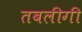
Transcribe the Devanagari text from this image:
तबलीगी